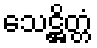
သေဋ္ဌိတ္တံ